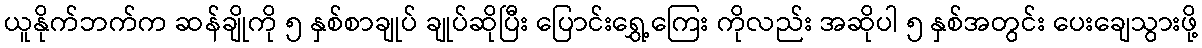
ယူနိုက်ဘက်က ဆန်ချိုကို ၅ နှစ်စာချုပ် ချုပ်ဆိုပြီး ပြောင်းရွှေ့ကြေး ကိုလည်း အဆိုပါ ၅ နှစ်အတွင်း ပေးချေသွားဖို့